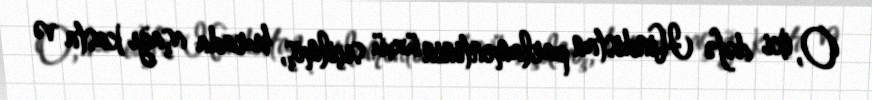
O, iki dəfə Hindistan parlamentinin üzvü seçilmiş, burada aşağı kasta və